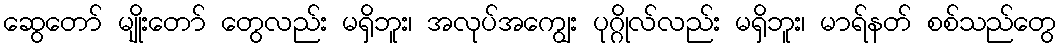
ဆွေတော် မျိုးတော် တွေလည်း မရှိဘူး၊ အလုပ်အကျွေး ပုဂ္ဂိုလ်လည်း မရှိဘူး၊ မာရ်နတ် စစ်သည်တွေ